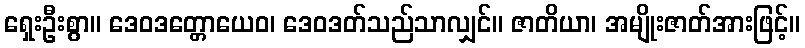
ရှေးဦးစွာ။ ဒေဝဒတ္တောယေဝ၊ ဒေဝဒတ်သည်သာလျှင်။ ဇာတိယာ၊ အမျိုးဇာတ်အားဖြင့်။